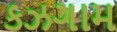
કઝગામ